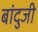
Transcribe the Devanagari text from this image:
बांदुजी